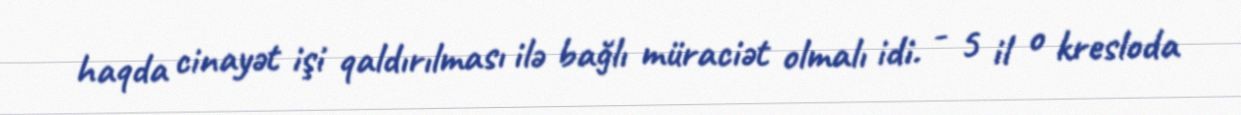
haqda cinayət işi qaldırılması ilə bağlı müraciət olmalı idi. - 5 il o kresloda